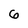
Character: 6